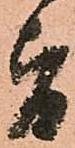
旨